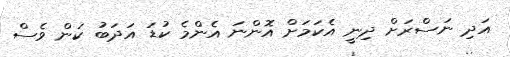
އަދި ނަސްރަށް ދިނީ އެކަމަށް އޮންނަ އެންމެ ކުޑަ އަދަބު ކަން ވެސް